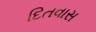
દિતવાસ